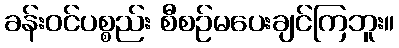
ခန်းဝင်ပစ္စည်း စီစဉ်မပေးချင်ကြဘူး။